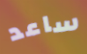
ساعد